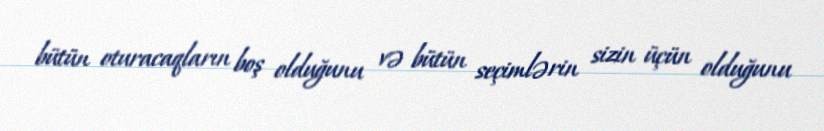
bütün oturacaqların boş olduğunu və bütün seçimlərin sizin üçün olduğunu